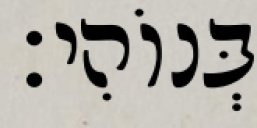
בְּנוֹהִי׃